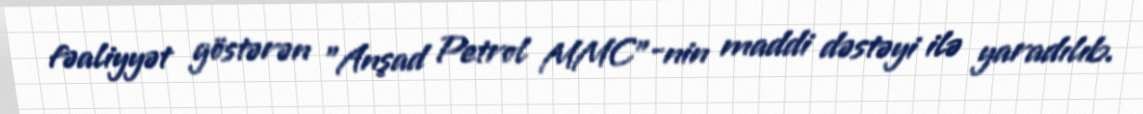
fəaliyyət göstərən "Anşad Petrol MMC"-nin maddi dəstəyi ilə yaradılıb.